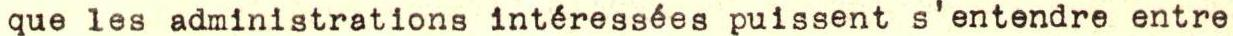
que les administrations intéressées puissent s'entendre entre